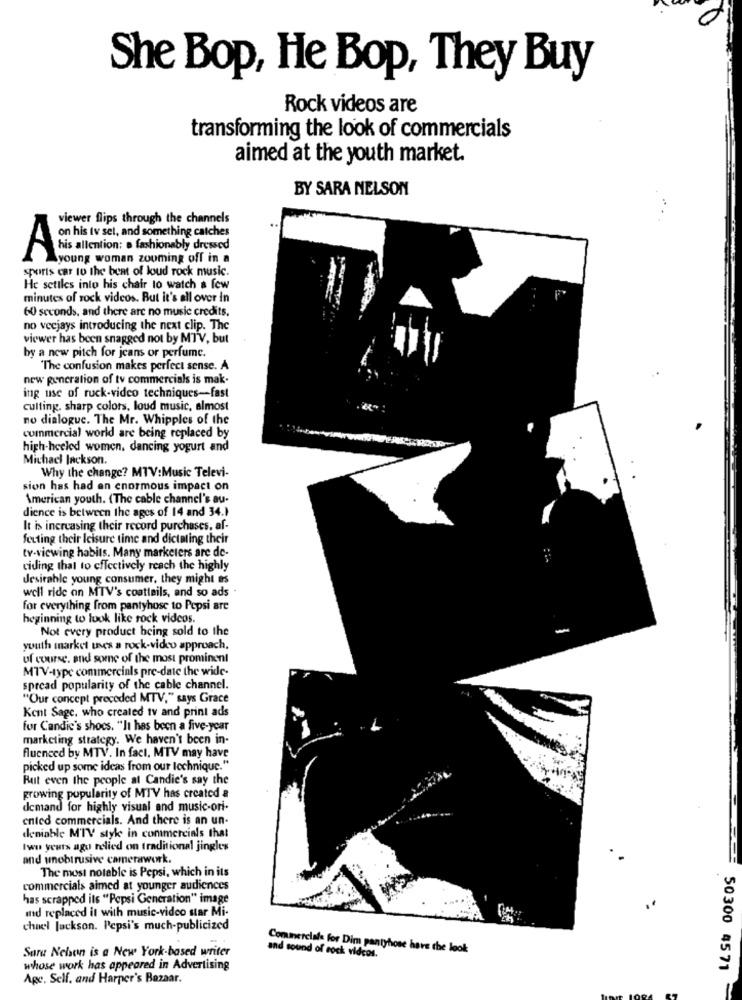
She Bop, He Bop, They Buy
Rock videos are
transforming the look of commercials
aimed at the youth market.
BY SARA NELSON
viewer flips through the channels
Anis tv set, and something catches
his allention: o fashionably dressed
young woman zooming off in a
sports car to the beat of loud rock music.
Hc setiles into his chair to watch a few
minutes of rock videos. But it's all over In
60 seconds, and there are no music credits.
no vecjays introducing the next clip. The
viewer has been snagged not by MTV, but
by a new pitch for jeans or perfume.
"The confusion makes perfect sense. A
new generation of tv commercials is mak.
ing use of ruck-video techniques-fast
culting. sharp colors, loud music, almost
no dialoguc. The Mr. Whipples of the
commercial world are being replaced by
high-heeled women, dancing yogurt and
Michael Jackson.
Why the change? MTV:Music Televi-
sion has had an enormous impact on
American youth. (The cable channel's au-
dience is between the ages of 14 and 34.)
It is increasing their record purchases, af-
feuting their leisure time and dictating their
tv-viewing habits. Many marketers are de-
ciding that to effectively reach the highly
desirable young consumer, they might es
well ride on MTV's coatlails, and so ads
for everything from pantyhose to Pepsi are
beginning to look like rock videos.
Not every product being sold to the
-
youth market uses a rock-video approach.
of course, and some of the most prominent
MTV-type commercials pre-date the wide-
spread popularity of the cable channel.
"Our concept preceded MTV," says Grace
Kent Sage, who created tv and print ads
for Candie's shoes. "It has been a five-year
marketing strategy. We haven't been in-
Aluenced by MTV. In fact, MTV may have
picked up some ideas from our technique."
Rut even the people at Candie's say the
growing popularity of MTV has created a
demand for highly visual and music-ori.
ented commercials. And there is an un.
deniable M'TV style in commercials that
Iwu years ago relied on traditional jingles
and unobtrusive camerawork.
The most notable is Pepsi, which in its
commercials aimed at younger audiences
has scrapped its "Pepsi Generation" image
and replaced it with music-video star Mi-
chuel Jackson. Pepsi's much-publicized
Sare Neben is a New York-based writer
Commercials for Dim pantyhose have the look
and sound of rock vidros.
whose work has appeared in Advertising
50300 45 71
Apc. Self. and Harper's Bazaar.